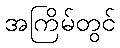
အကြိမ်တွင်